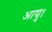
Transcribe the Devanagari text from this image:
आयु।